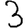
Digit: 3